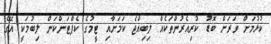
ކުޅުމަށް ވަރަށް ބޮޑު ކުރިއެރުންތަކެއް ލިބިއްޖެ ކަމަށާއި ޓީމުގެ ކެޕްޓަންކަން ލިބުމަކީ އޭގެ